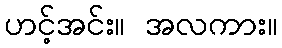
ဟင့်အင်း။ အလကား။